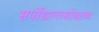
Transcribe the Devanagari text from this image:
सर्पोद्यानासोबतच